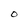
Character: O